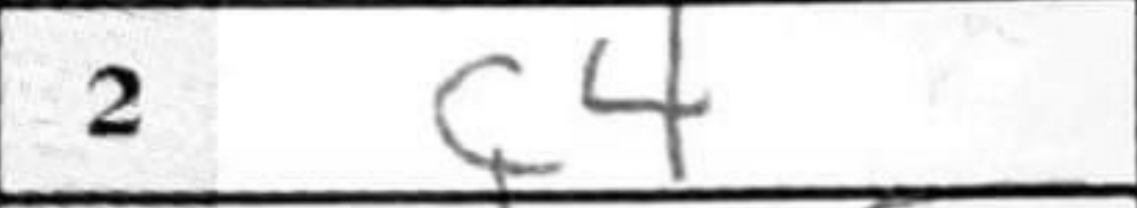
Transcription: c4